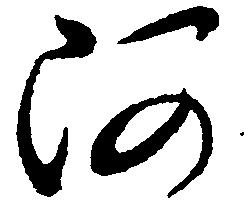
阿